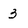
Character: 3